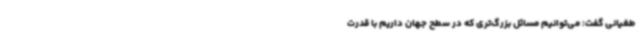
طغیانی گفت: می‌توانیم مسائل بزرگ‌تری که در سطح جهان داریم با قدرت